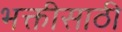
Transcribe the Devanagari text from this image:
भक्तीसाठी